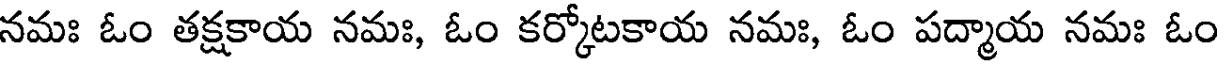
నమః ఓం తక్షకాయ నమః, ఓం కర్కోటకాయ నమః, ఓం పద్మాయ నమః ఓం